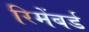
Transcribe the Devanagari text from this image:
रिमेंबर्ड